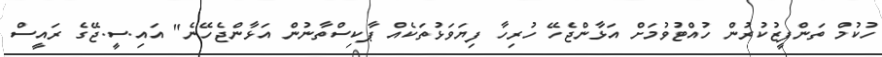
ހުކުމް ތަންފީޒުކުރުން ހުއްޓުވުމަށް އަޅާންޖެހޭ ހުރިހާ ފިޔަވަޅުތަކެއް ޕާކިސްތާނުން އަޅާންޖެހޭނެ" އައި.ސީ.ޖޭގެ ރައީސް